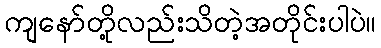
ကျနော်တို့လည်းသိတဲ့အတိုင်းပါပဲ။